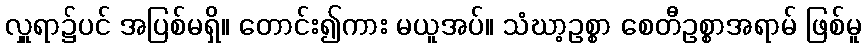
လှူရာ၌ပင် အပြစ်မရှိ။ တောင်း၍ကား မယူအပ်။ သံဃာ့ဥစ္စာ စေတီဥစ္စာအရာမ် ဖြစ်မူ